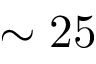
\sim 2 5